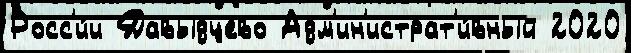
Росс'и́и Давыдцево Адм'ин'истрат'и́вный 2020